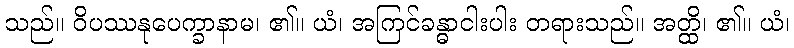
သည်။ ဝိပဿနုပေက္ခာနာမ၊ ၏။ ယံ၊ အကြင်ခန္ဓာငါးပါး တရားသည်။ အတ္ထိ၊ ၏။ ယံ၊